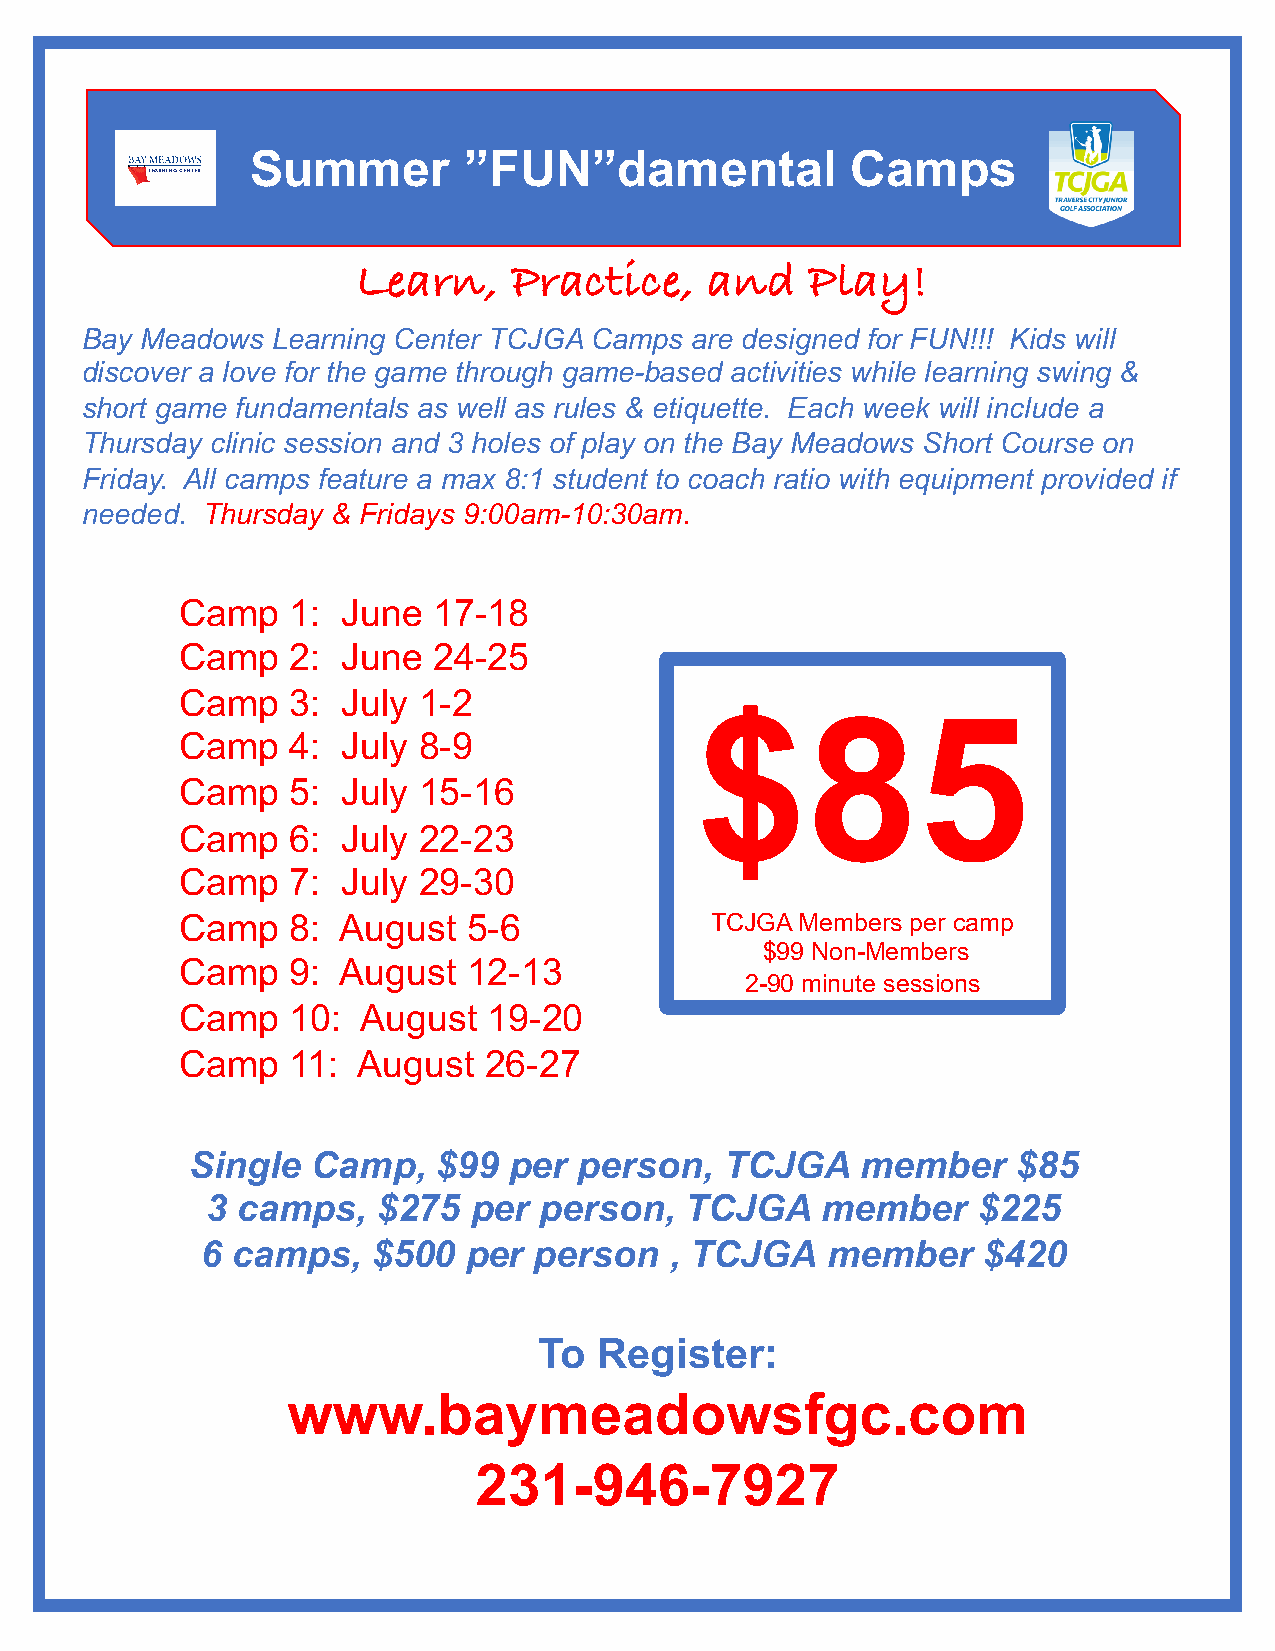
Summer        ”FUN”damental            Camps
 LEARNING CENTER
 Learn,    Practice,    and    Play!
 Bay Meadows  Learning Center TCJGA Camps are designed for FUN!!! Kids will
 discover a love for the game through game-based activities while learning swing &
 short game fundamentals as well as rules & etiquette. Each week will include a
 Thursday clinic session and 3 holes of play on the Bay Meadows Short Course on
 Friday. All camps feature a max 8:1 student to coach ratio with equipment provided if
 needed. Thursday & Fridays 9:00am-10:30am.
 Camp   1:  June  17-18
 Camp   2:  June  24-25
 Camp   3:  July 1-2
 $85
 Camp   4:  July 8-9
 Camp   5:  July 15-16
 Camp   6:  July 22-23
 Camp   7:  July 29-30
 Camp   8: August   5-6             TCJGA Members per camp
 $99 Non-Members
 Camp   9: August   12-13
 2-90 minute sessions
 Camp   10:  August  19-20
 Camp   11:  August  26-27
 Single   Camp,   $99  per person,   TCJGA    member    $85
 3 camps,   $275  per  person,  TCJGA    member     $225
 6 camps,    $500  per person   , TCJGA    member    $420
 To  Register:
 www.baymeadowsfgc.com
 231-946-7927